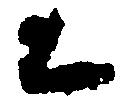
ニ